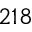
2 1 8